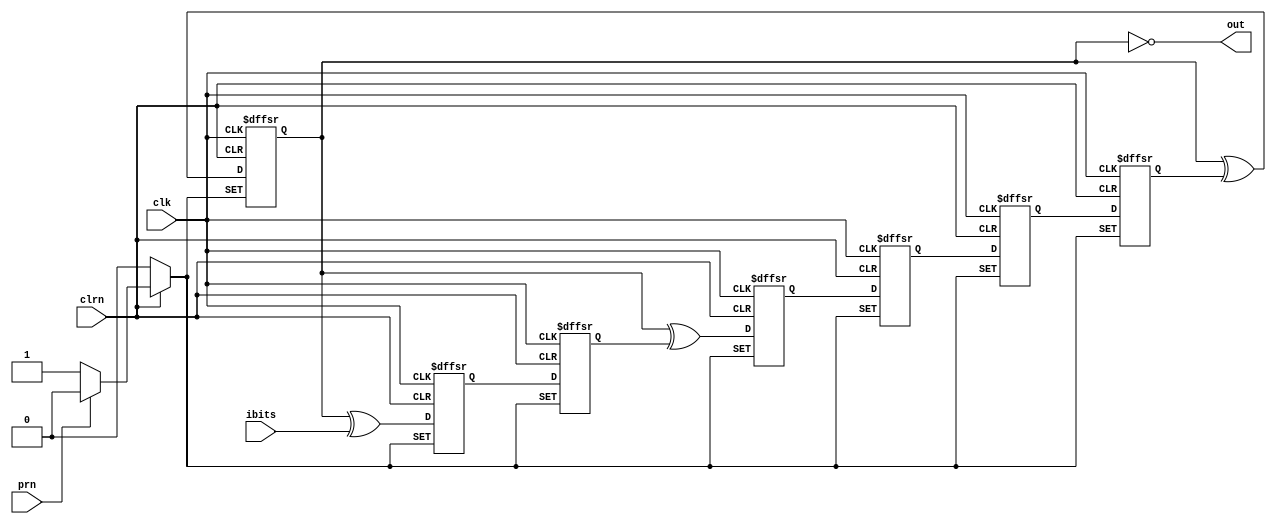
// Copyright (C) 2020  Intel Corporation. All rights reserved.
// Your use of Intel Corporation's design tools, logic functions 
// and other software and tools, and any partner logic 
// functions, and any output files from any of the foregoing 
// (including device programming or simulation files), and any 
// associated documentation or information are expressly subject 
// to the terms and conditions of the Intel Program License 
// Subscription Agreement, the Intel Quartus Prime License Agreement,
// the Intel FPGA IP License Agreement, or other applicable license
// agreement, including, without limitation, that your use is for
// the sole purpose of programming logic devices manufactured by
// Intel and sold by Intel or its authorized distributors.  Please
// refer to the applicable agreement for further details, at
// https://fpgasoftware.intel.com/eula.

// PROGRAM		"Quartus Prime"
// VERSION		"Version 20.1.1 Build 720 11/11/2020 SJ Lite Edition"
// CREATED		"Fri Jun 18 23:12:36 2021"

module bch(
	ibits,
	prn,
	clrn,
	clk,
	out
);


input wire	ibits;
input wire	prn;
input wire	clrn;
input wire	clk;
output wire	out;

reg	SYNTHESIZED_WIRE_3;
reg	DFF_inst4;
reg	DFF_inst8;
wire	SYNTHESIZED_WIRE_0;
reg	DFF_inst3;
wire	SYNTHESIZED_WIRE_1;
reg	DFF_inst5;
reg	DFF_inst6;
reg	DFF_inst7;
wire	SYNTHESIZED_WIRE_2;




assign	out =  ~SYNTHESIZED_WIRE_3;

assign	SYNTHESIZED_WIRE_1 = SYNTHESIZED_WIRE_3 ^ DFF_inst4;

assign	SYNTHESIZED_WIRE_0 = SYNTHESIZED_WIRE_3 ^ ibits;

assign	SYNTHESIZED_WIRE_2 = SYNTHESIZED_WIRE_3 ^ DFF_inst8;


always@(posedge clk or negedge clrn or negedge prn)
begin
if (!clrn)
	begin
	DFF_inst3 <= 0;
	end
else
if (!prn)
	begin
	DFF_inst3 <= 1;
	end
else
	begin
	DFF_inst3 <= SYNTHESIZED_WIRE_0;
	end
end


always@(posedge clk or negedge clrn or negedge prn)
begin
if (!clrn)
	begin
	DFF_inst4 <= 0;
	end
else
if (!prn)
	begin
	DFF_inst4 <= 1;
	end
else
	begin
	DFF_inst4 <= DFF_inst3;
	end
end


always@(posedge clk or negedge clrn or negedge prn)
begin
if (!clrn)
	begin
	DFF_inst5 <= 0;
	end
else
if (!prn)
	begin
	DFF_inst5 <= 1;
	end
else
	begin
	DFF_inst5 <= SYNTHESIZED_WIRE_1;
	end
end


always@(posedge clk or negedge clrn or negedge prn)
begin
if (!clrn)
	begin
	DFF_inst6 <= 0;
	end
else
if (!prn)
	begin
	DFF_inst6 <= 1;
	end
else
	begin
	DFF_inst6 <= DFF_inst5;
	end
end


always@(posedge clk or negedge clrn or negedge prn)
begin
if (!clrn)
	begin
	DFF_inst7 <= 0;
	end
else
if (!prn)
	begin
	DFF_inst7 <= 1;
	end
else
	begin
	DFF_inst7 <= DFF_inst6;
	end
end


always@(posedge clk or negedge clrn or negedge prn)
begin
if (!clrn)
	begin
	DFF_inst8 <= 0;
	end
else
if (!prn)
	begin
	DFF_inst8 <= 1;
	end
else
	begin
	DFF_inst8 <= DFF_inst7;
	end
end


always@(posedge clk or negedge clrn or negedge prn)
begin
if (!clrn)
	begin
	SYNTHESIZED_WIRE_3 <= 0;
	end
else
if (!prn)
	begin
	SYNTHESIZED_WIRE_3 <= 1;
	end
else
	begin
	SYNTHESIZED_WIRE_3 <= SYNTHESIZED_WIRE_2;
	end
end


endmodule